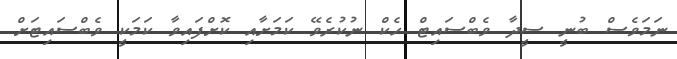
ނަމަވެސް ބުނީ ސީދާ ވެބްސައިޓް ހެކް ނުކުރެވޭ ކަމަށާއި ކޮށްފައިވާ ކަމަކީ ވެބްސައިޓަށް